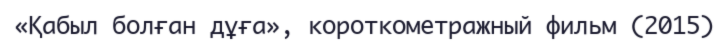
«Қабыл болған дұға», короткометражный фильм (2015)